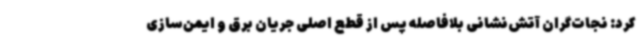
کرد: نجات‌گران آتش‌نشانی بلافاصله پس از قطع اصلی جریان برق و ایمن‌سازی